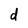
Character: d